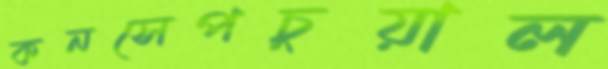
কনসেপচুয়াল